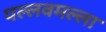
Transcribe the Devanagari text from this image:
पल्लवमल्ला